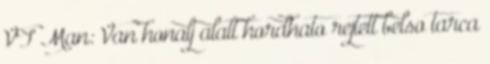
VT Man: Van honalj alatt hordhato rejtett belso tarca